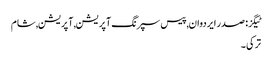
ٹیگز: صدر ایردوان , پیس سپرنگ آپریشن , آپریشن , شام
ترکی ۔